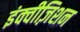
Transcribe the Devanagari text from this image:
इंक्वीज़िशन